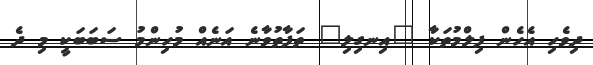
ދިވެހި އެހެން ފިލްމުތަކާ "އިނގިލި" ތަފާތުވާނެ އަނެއް މުހިންމު ސަބަބަކީ މި ދެ